Indian journal of veterinary science and animal husbandry - Volume 13,
Year: 1943
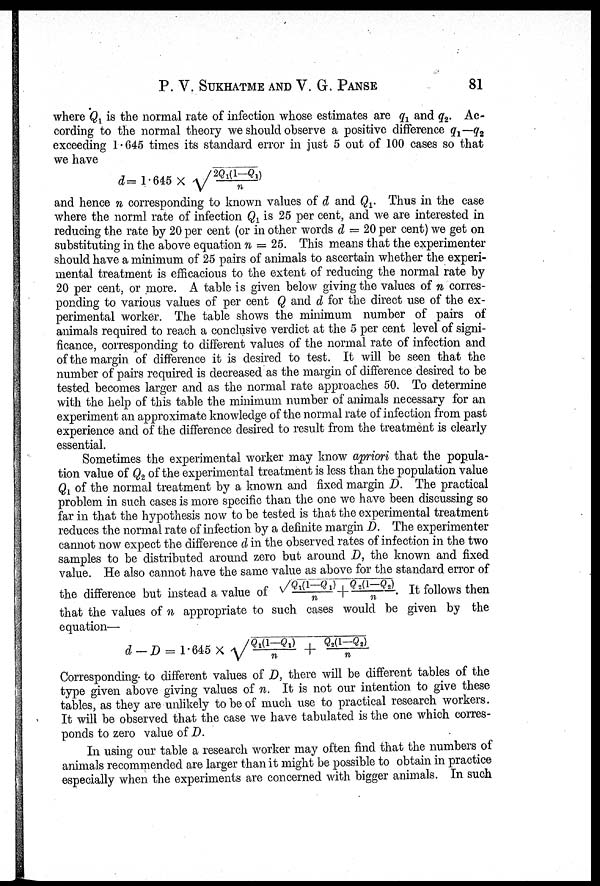
P. V. SUKHATME AND V. G.
PANSE
81
where Q 1 is the normal rate of infection whose estimates are q 1 and q 2 . Ac-
cording to the normal theory we should observe a positive difference q 1 — q 2
exceeding 1.645 times its standard error in just 5 out of 100 cases so that
we have
d = 1.646 ×√2Q 1 (1—Q 1 )/n
and hence n corresponding to known values of d and Q 1 Thus in the case
where the norml rate of infection Q 1 is 25 per cent, and we are interested in
reducing the rate by 20 per cent (or in other words d = 20 per cent) we get on
substituting in the above equation n = 25. This means that the experimenter
should have a minimum of 25 pairs of animals to ascertain whether the experi
mental treatment is efficacious to the extent of reducing the normal rate by
20 per cent, or more. A table is given below giving the values of n corres
ponding to various values of per cent Q and d for the direct use of the ex
perimental worker. The table shows the minimum number of pairs of
animals required to reach a conclusive verdict at the 5 per cent level of signi
ficance, corresponding to different values of the normal rate of infection and
of the margin of difference it is desired to test. It will be seen that the
number of pairs required is decreased as the margin of difference desired to be
tested becomes larger and as the normal rate approaches 50. To determine
with the help of this table the minimum number of animals necessary for an
experiment an approximate knowledge of the normal rate of infection from past
experience and of the difference desired to result from the treatment is clearly
essential.
Sometimes the experimental worker may know apriori that the popula
tion value of Q 2 of the experimental treatment is less than the population value
Q 1 of the normal treatment by a known and fixed margin D. The practical
problem in such cases is more specific than the one we have been discussing so
far in that the hypothesis now to be tested is that the experimental treatment
reduces the normal rate of infection by a definite margin D. The experimenter
cannot now expect the difference d in the observed rates of infection in the two
samples to be distributed around zero but around D, the known and fixed
value. He also cannot have the same value as above for the standard error of
the difference but instead a value of √Q 1 (1—Q 1 )/n +√Q 2 (1—Q 2 )/n. It follows then
that the values of n appropriate to such cases would be given by the
equation—
d - D = 1. 645 × √Q 1 (1—Q 1 )/n +√Q 2 (1—Q 2 )/n
Corresponding- to different values of D, there will be different tables of the
type given above giving values of n. It is not our intention to give these
tables, as they are unlikely to be of much use to practical research workers.
It will be observed that the case we have tabulated is the one which corres
ponds to zero value of D.
In using our table a research worker may often find that the numbers of
animals recommended are larger than it might be possible to obtain in practice
especially when the experiments are concerned with bigger animals. In such